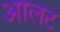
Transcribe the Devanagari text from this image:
आलट